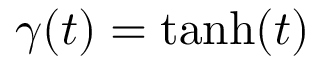
\gamma ( t ) = \operatorname { t a n h } ( t )